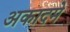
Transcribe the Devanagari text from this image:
अकादमे